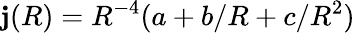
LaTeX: \mathbf{j}(R)=R^{-4}(a+b/R+c/R^{2})